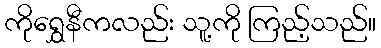
ကိုရွှေနီကလည်း သူ့ကို ကြည့်သည်။